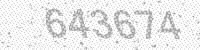
Solution: 643674